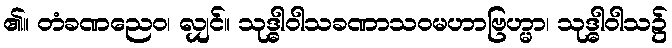
၏။ တံခဏညေဝ၊ လျှင်။ သုဒ္ဓါဝါသခဏာသဝမဟာဗြဟ္မာ၊ သုဒ္ဓါဝါသ၌